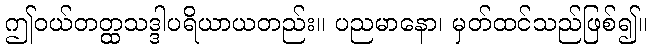
ဤဝယ်တတ္ထသဒ္ဒါပရိယာယတည်း။ ပညမာနော၊ မှတ်ထင်သည်ဖြစ်၍။